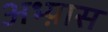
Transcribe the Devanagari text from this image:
अभ्य़ास